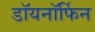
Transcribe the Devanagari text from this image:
डॉयनॉर्फिन